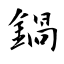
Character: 鍋